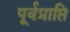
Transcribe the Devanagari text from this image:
पूर्वप्राप्ति